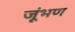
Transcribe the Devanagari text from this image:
जूंभण